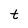
Character: t